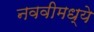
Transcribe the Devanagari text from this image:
नववीमध्ये